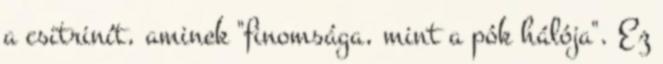
a csitrinít, aminek "finomsága, mint a pók hálója". Ez